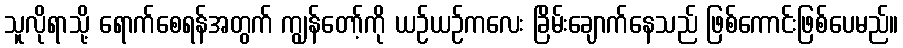
သူလိုရာသို့ ရောက်စေရန်အတွက် ကျွန်တော့်ကို ယဉ်ယဉ်ကလေး ခြိမ်းချောက်နေသည် ဖြစ်ကောင်းဖြစ်ပေမည်။